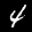
Label: 4